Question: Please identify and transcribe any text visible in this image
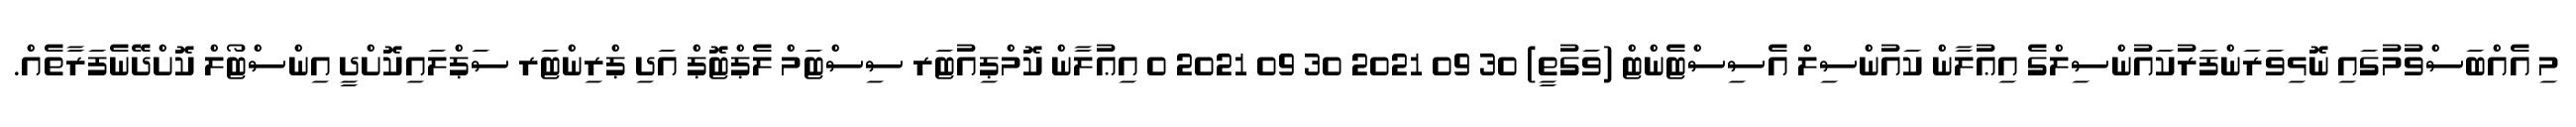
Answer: މި އެއްބަސްވުމުގައި ނޮޅިވަރަންފަރުކައުންސިލްގެ އިޢުލާން ކައުންސިލް އެސިސްޓެންޓް (ވަގުތީ) 30 09 2021 30 09 2021 0 އިޢުލާން ކޮމްޕިއުޓަރ ސިސްޓަމް ލެޕްޓޮޕް އަދި ޕްރިންޓަރ ސަޕްލައިކޮށްދީ އިންސްޓޯލް ކޮށްދޭނެފަރާތެއް.